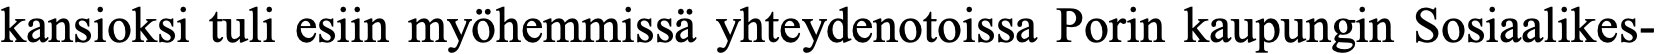
kansioksi tuli esiin myöhemmissä yhteydenotoissa Porin kaupungin Sosiaalikes-